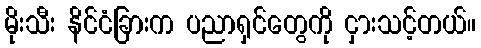
မိုးသီး နိင်ငံခြားက ပညာရှင်တွေကို ငှားသင့်တယ်။